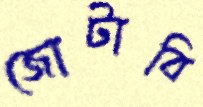
জোটাবি